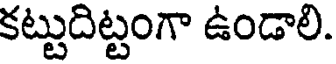
కట్టుదిట్టంగా ఉండాలి.